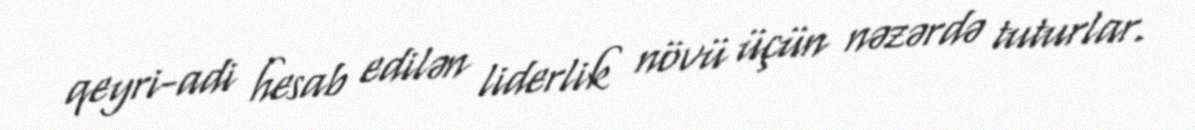
qeyri-adi hesab edilən liderlik növü üçün nəzərdə tuturlar.